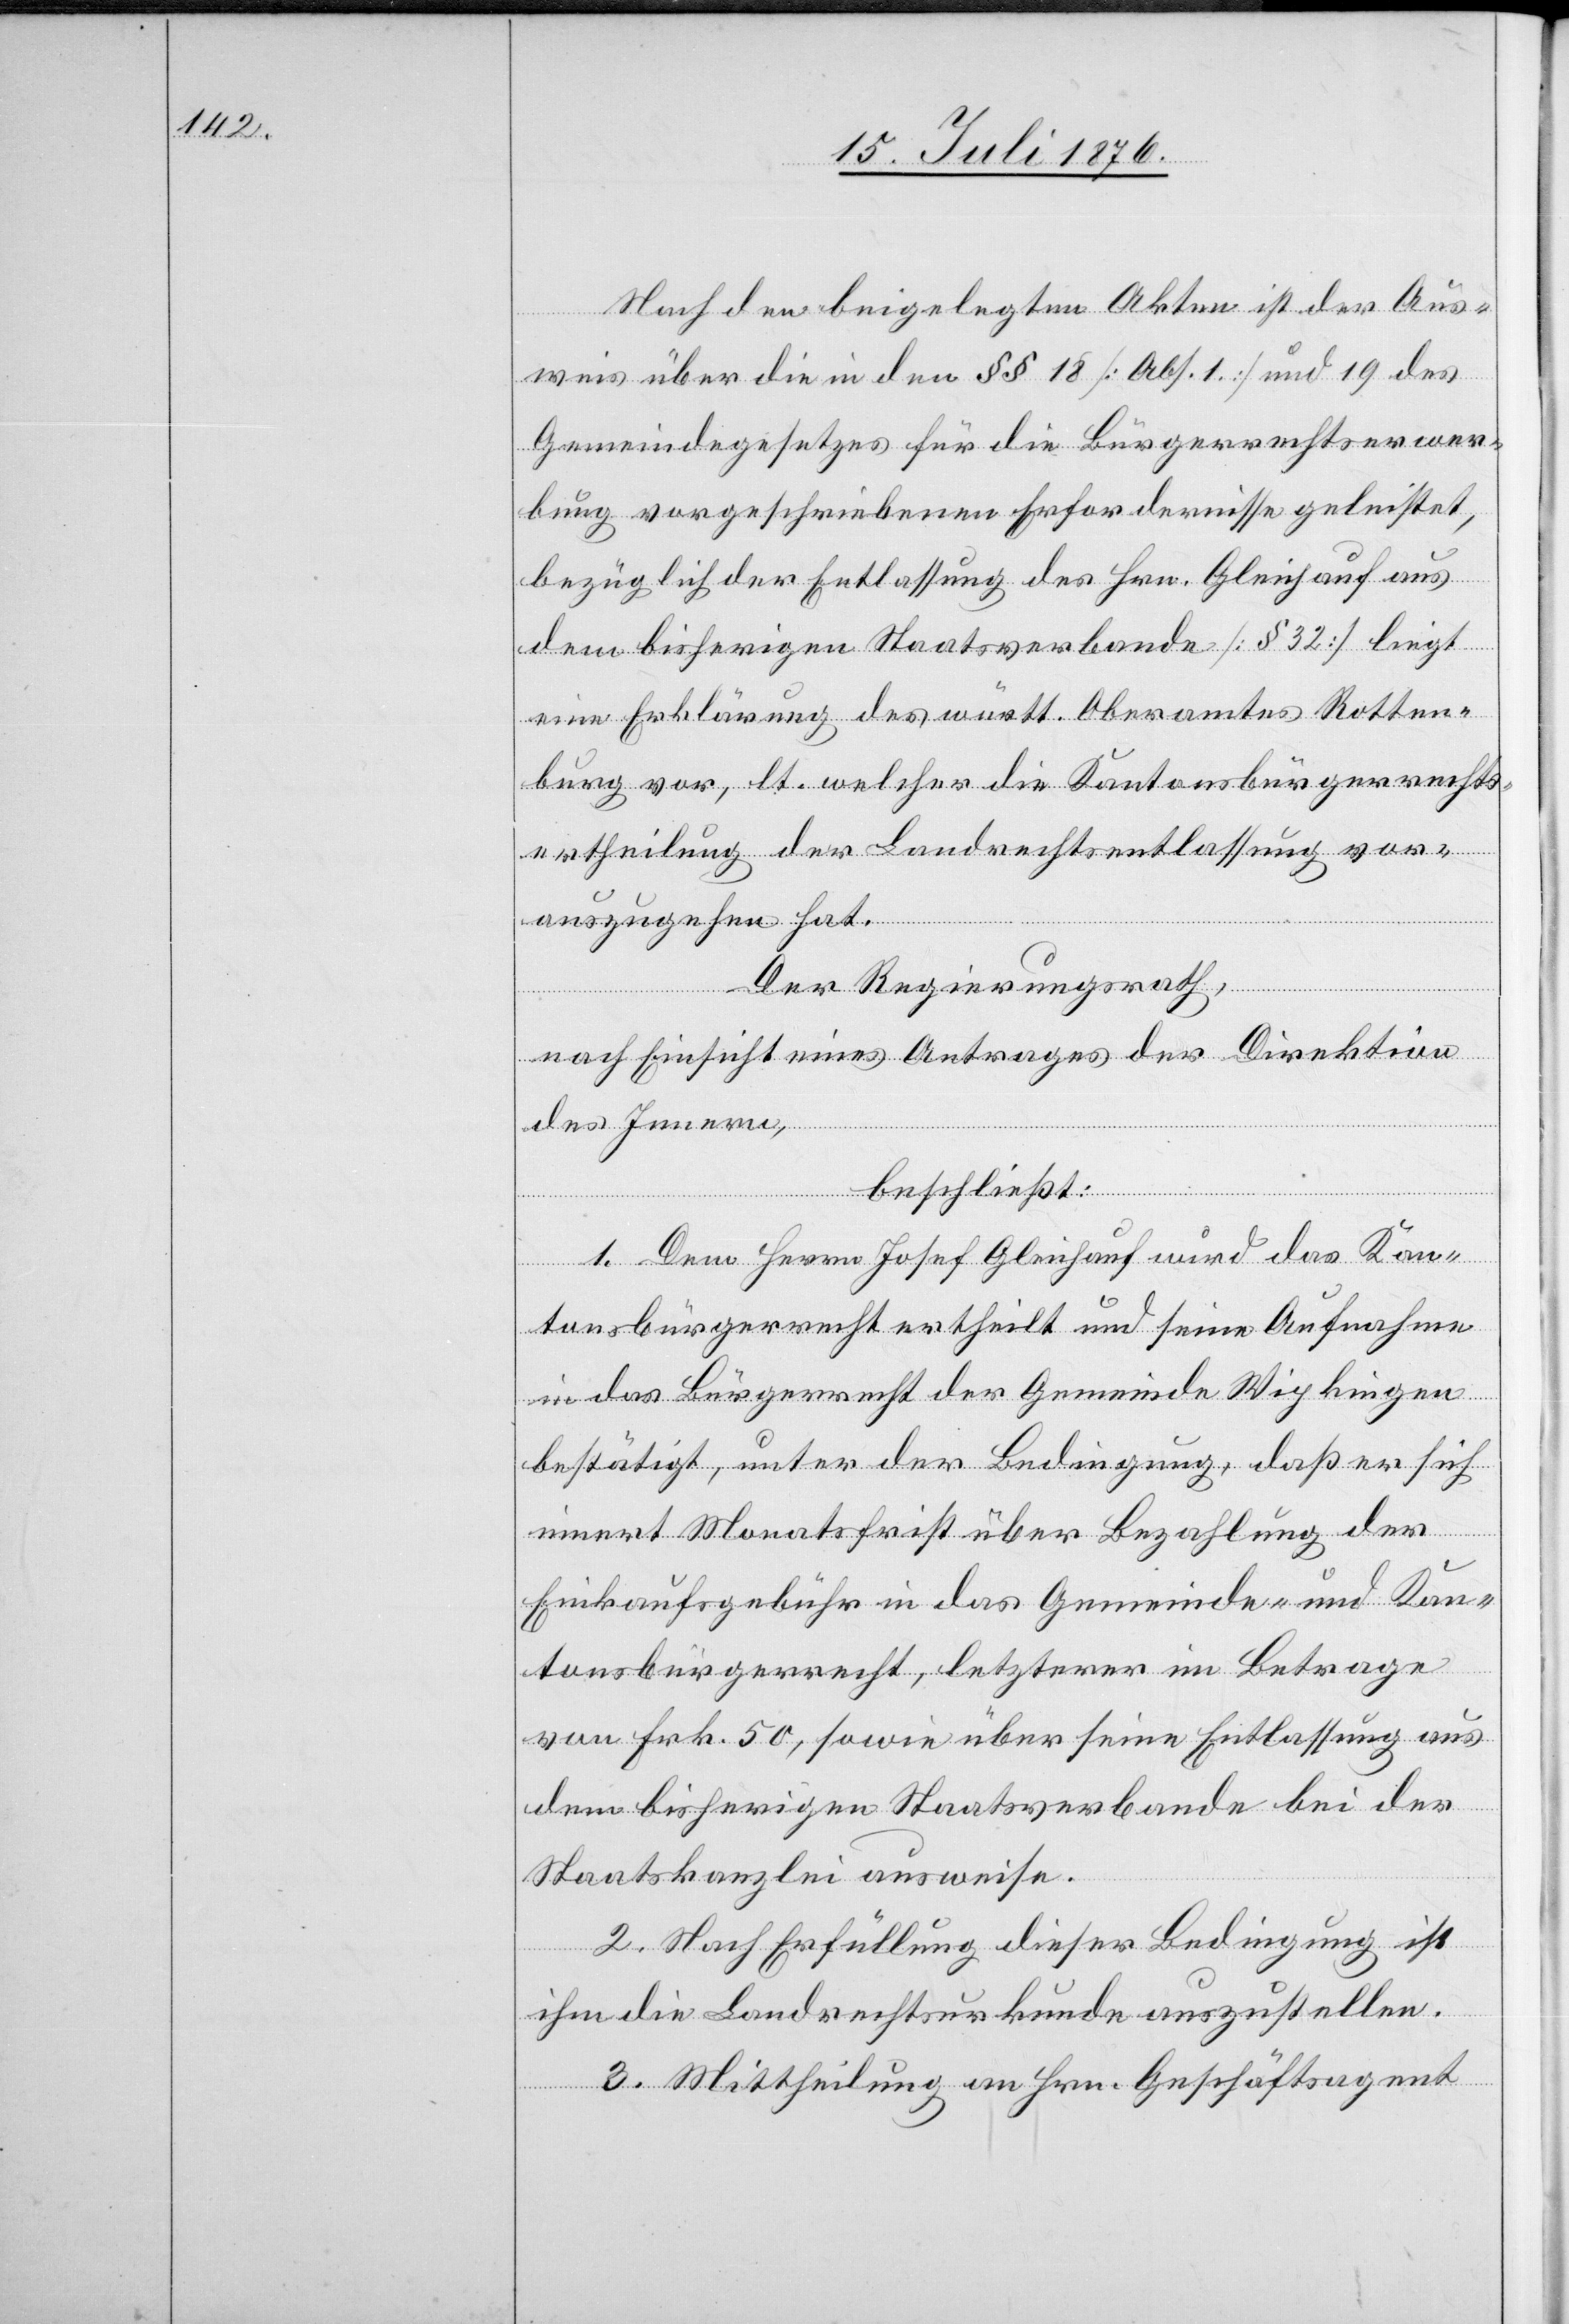
Nach den beigelegten Akten ist der Aus¬
weis über die in den §§ 18 [Abs. 1] und 19 des
Gemeindegesetzes für die Bürgerrechtserwer¬
bung vorgeschriebenen Erfordernisse geleistet,
bezüglich der Entlassung des Hrn. Gleichauf aus
dem bisherigen Staatsverbande [§ 32] liegt
eine Erklärung des württ. Oberamtes Rotten¬
burg vor, lt. welcher die Kantonsbürgerrechts¬
ertheilung der Landrechtsentlassung vor¬
auszugehen hat.
Der Regierungsrath,
nach Einsicht eines Antrages der Direktion
des Innern,
beschließt:
1. Dem Herrn Josef Gleichauf wird das Kan¬
tonsbürgerrecht ertheilt und seine Aufnahme
in das Bürgerrecht der Gemeinde Wipkingen
bestätigt, unter der Bedingung, das er sich
innert Monatsfrist über Bezahlung der
Einkaufsgebühr in das Gemeinde- und Kan¬
tonsbürgerrecht, letzterer im Betrage
von Frk. 50, sowie über seine Entlassung aus
dem bisherigen Staatsverbande bei der
Staatskanzlei ausweise.
2. Nach Erfüllung dieser Bedingung ist
ihm die Landrechtsurkunde auszustellen.
3. Mittheilung an Hrn. Geschäftsagent